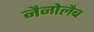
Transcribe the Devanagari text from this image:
नैनोलैब